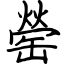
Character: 罃